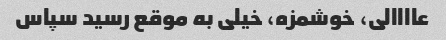
عاااالی، خوشمزه، خیلی به موقع رسید سپاس